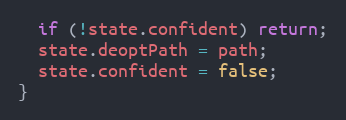
Language: JavaScript
  if (!state.confident) return;
  state.deoptPath = path;
  state.confident = false;
}